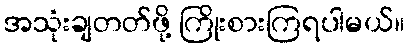
အသုံးချတတ်ဖို့ ကြိုးစားကြရပါမယ်။